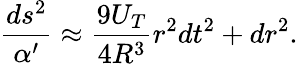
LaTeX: \frac{ds^{2}}{\alpha^{\prime}}\approx\frac{9U_{T}}{4R^{3}}r^{2}dt^{2}+dr^{2}.